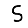
Digit: 5